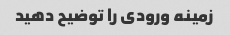
زمینه ورودی را توضیح دهید